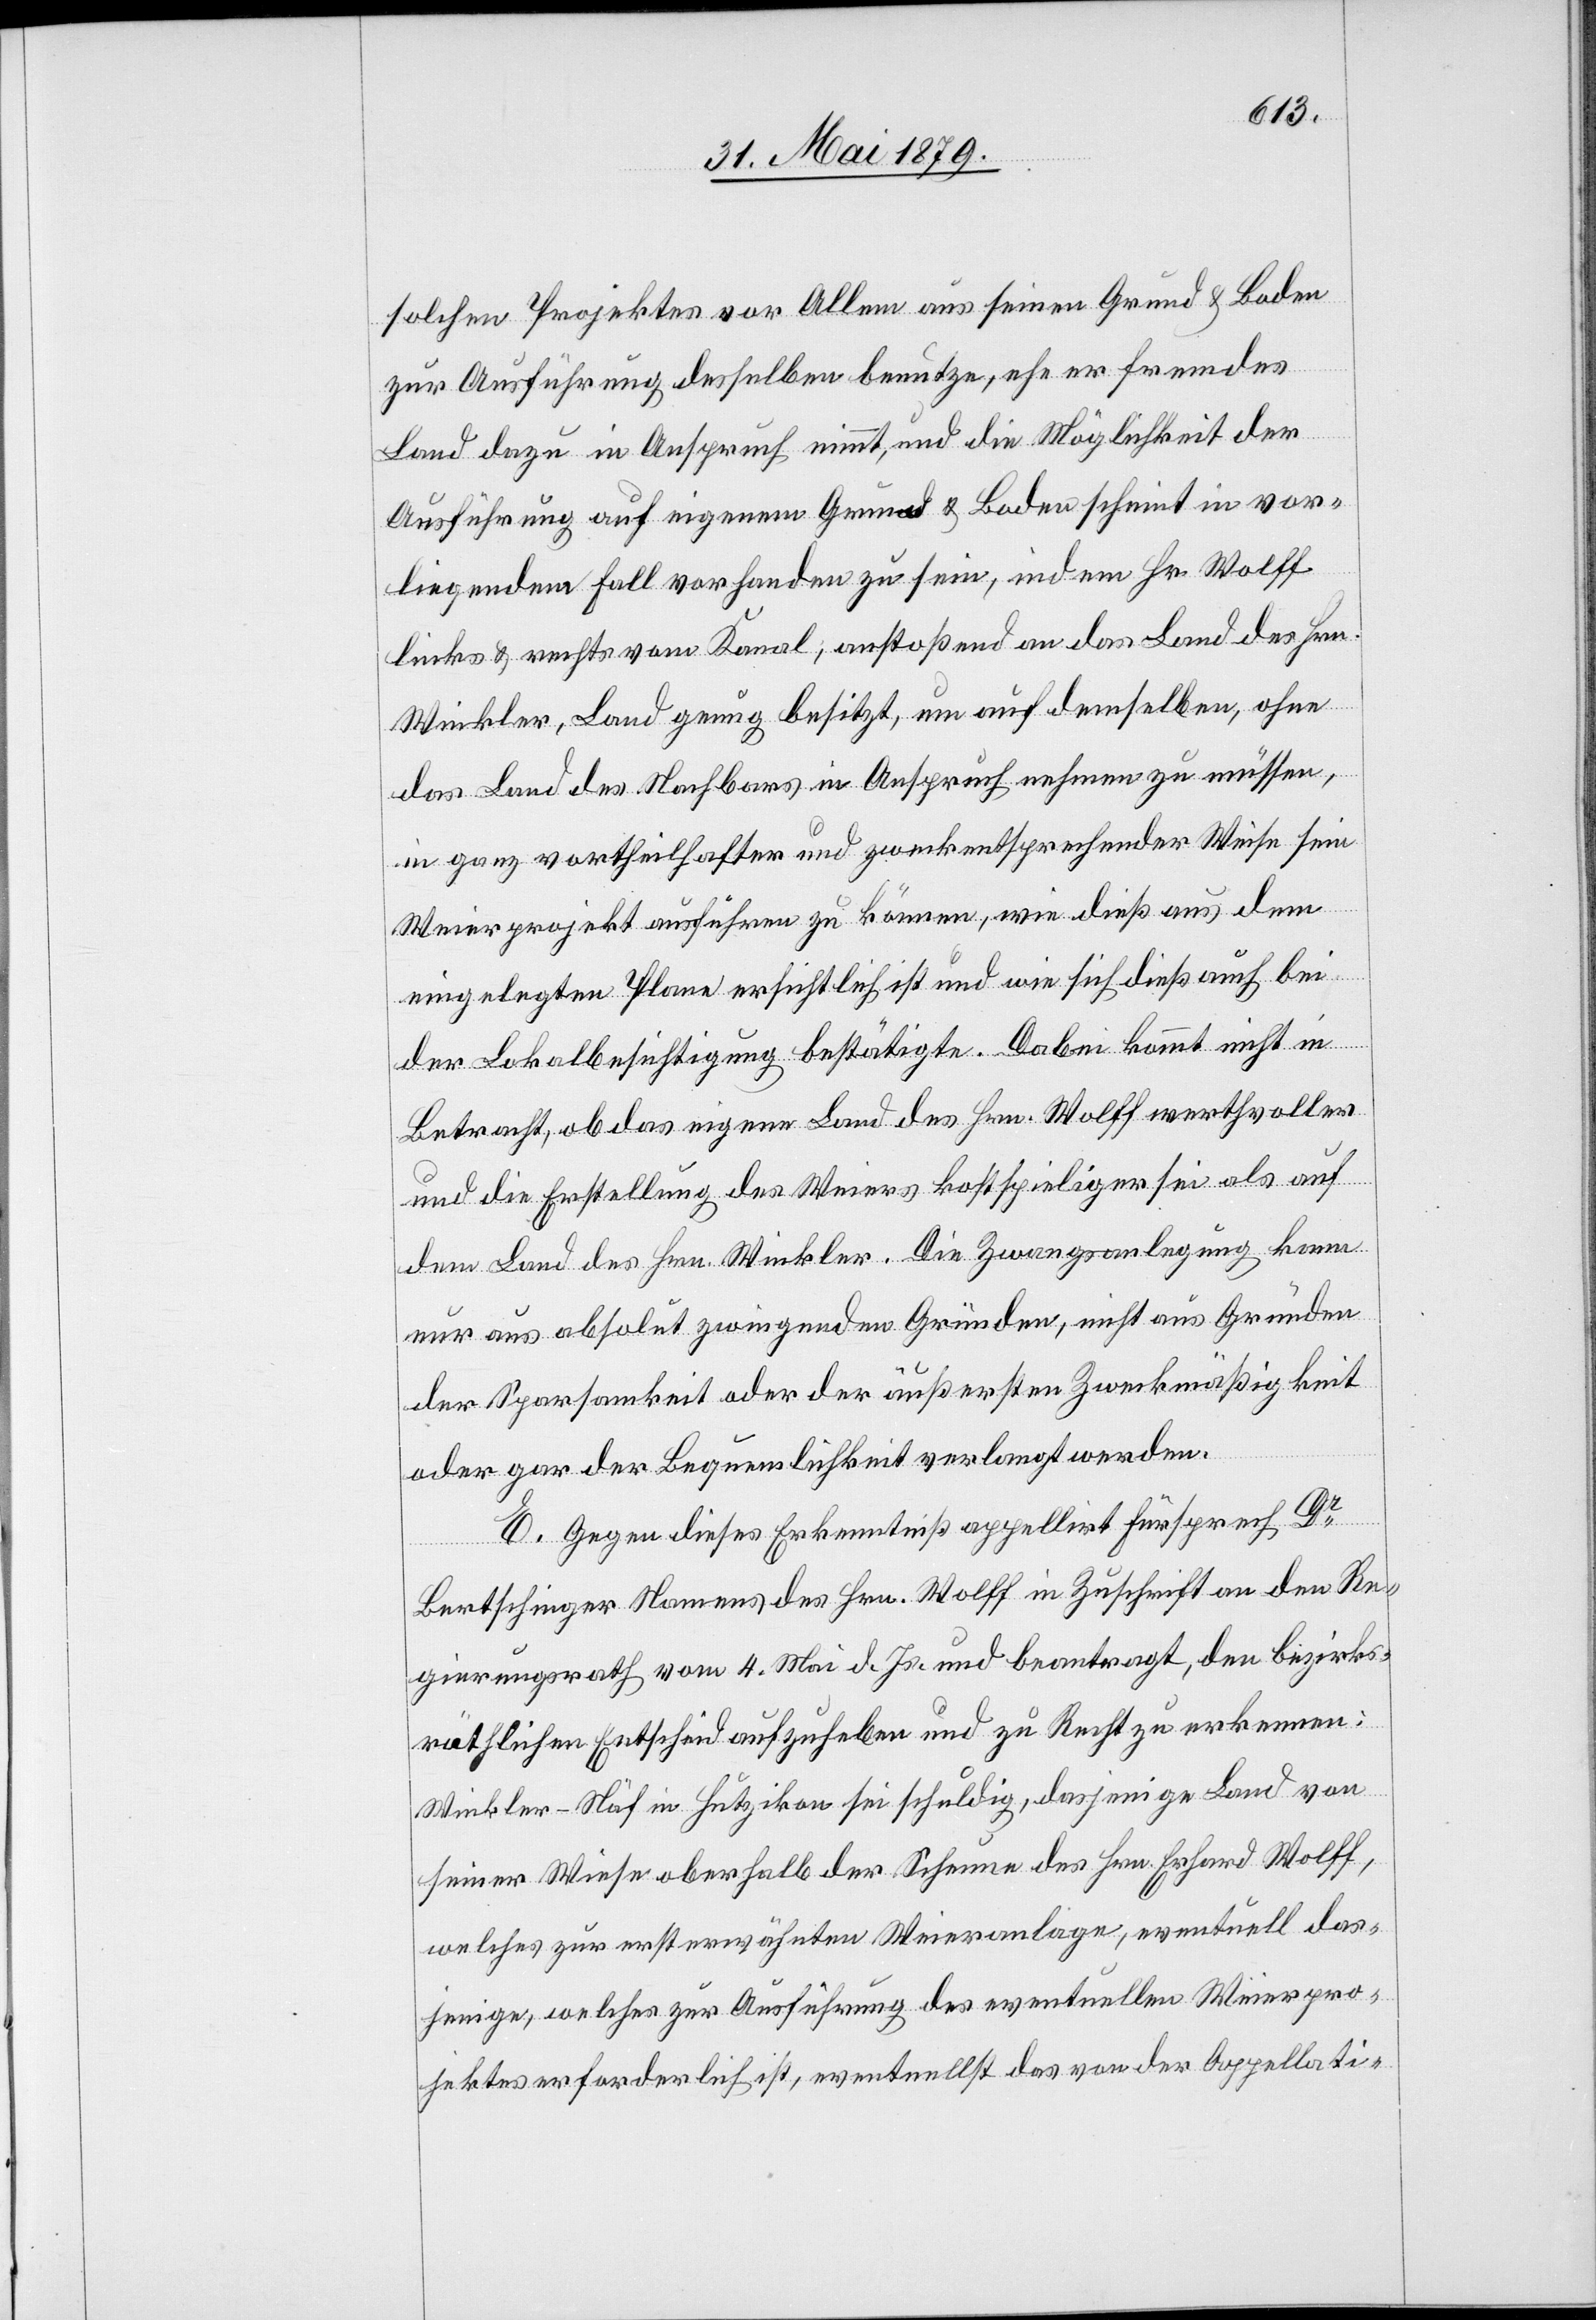
solchen Projektes vor Allem aus seinen Grund & Boden
zur Ausführung desselben benutze, ehe er fremdes
Land dazu in Anspruch nimmt, und die Möglichkeit der
Ausführung auf eigenem Grund & Boden scheint in vor¬
liegendem Fall vorhanden zu sein, indem Hr. Wolff
links & rechts vom Kanal, anstoßend an das Land des Hrn.
Winkler, Land genug besitzt, um auf demselben, ohne
das Land des Nachbars in Anspruch nehmen zu müssen,
in ganz vortheilhafter und zweckentsprechender Weise sein
Weierprojekt ausführen zu können, wie dieß aus dem
eingelegten Plane ersichtlich ist und wie sich dieß auch bei
der Lokalbesichtigung bestätigte. Dabei kommt nicht in
Betracht, ob das eigene Land des Hrn. Wolff werthvoller
und die Erstellung des Weiers kostspieliger sei als auf
dem Land des Hrn. Winkler. Die Zwangsanlegung kann
nur aus absolut zwingenden Gründen, nicht aus Gründen
der Sparsamkeit oder der äußersten Zweckmäßigkeit
oder gar der Bequemlichkeit verlangt werden.
E. Gegen dieses Erkenntniß appellirt Fürsprech Dr
Bertschinger Namens des Hrn. Wolff in Zuschrift an den Re¬
gierungsrath vom 4. Mai d. Js. und beantragt, den bezirks¬
räthlichen Entscheid aufzuheben und zu Recht zu erkennen:
Winkler-Näf in Hutzikon sei schuldig, dasjenige Land von
seiner Wiese oberhalb der Scheune des Hrn. Erhard Wolff,
welches zur ersterwähnten Weieranlage, eventuell das¬
jenige, welches zur Ausführung des eventuellen Weierpro¬
jektes erforderlich ist, eventuellst das von der Appellati-